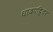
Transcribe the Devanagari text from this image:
धावपट्टिवर